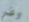
وفر